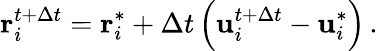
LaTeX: \mathbf{r}_{i}^{t+\Delta t}=\mathbf{r}_{i}^{*}+\Delta t\left(\mathbf{u}_{i}^{t+\Delta t}-\mathbf{u}_{i}^{*}\right)\, .